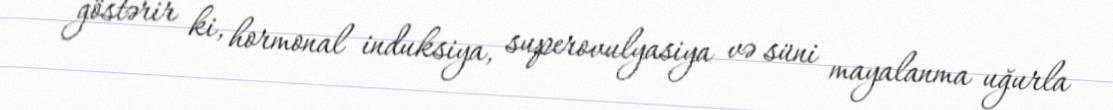
göstərir ki, hormonal induksiya, superovulyasiya və süni mayalanma uğurla